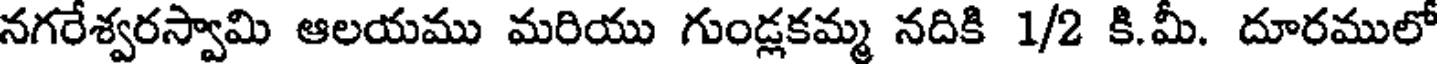
నగరేశ్వరస్వామి ఆలయము మరియు గుండ్లకమ్మ నదికి 1/2 కి.మీ. దూరములో